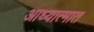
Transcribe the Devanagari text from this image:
आध्यात्मात